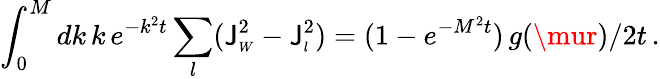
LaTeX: \int_{0}^{M}dk\, k\, e^{-k^{2}t}\sum_{l}(\mathsf{J}_{\scriptscriptstyle{W}}^{2}-\mathsf{J}_{\scriptscriptstyle{l}}^{2})=(1-e^{-M^{2}t})\, g(\mur)/2t\, .